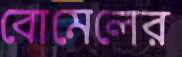
বোমেলের